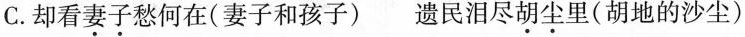
C.却看妻子愁何在(妻子和孩子) 遗民泪尽胡尘里(胡地的沙尘)